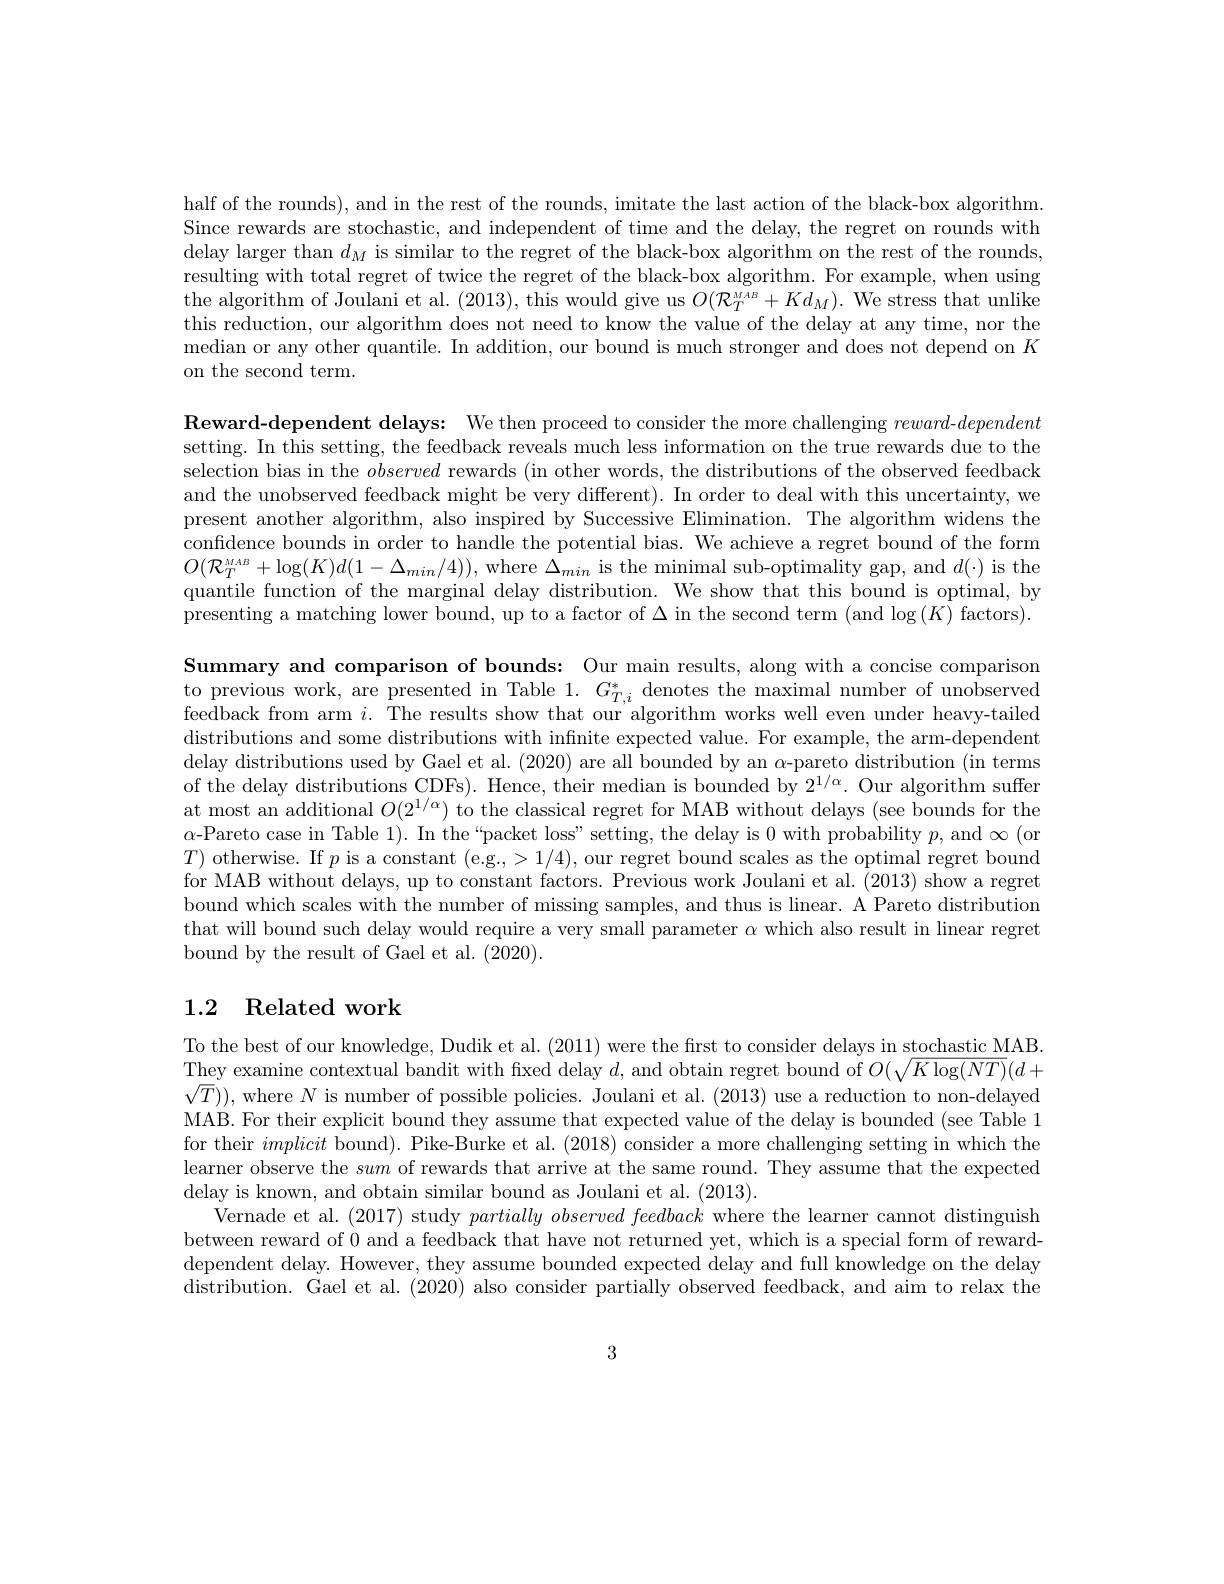
half of the rounds), and in the rest of the rounds, imitate the last action of the black-box algorithm. Since rewards are stochastic, and independent of time and the delay, the regret on rounds with delay larger than $d_M$ is similar to the regret of the black-box algorithm on the rest of the rounds, resulting with total regret of twice the regret of the black-box algorithm. For example, when using the algorithm of Joulani et al. (2013), this would give us $O(\mathcal{R}_T^{MAB}+Kd_M).$ We stress that unlike this reduction, our algorithm does not need to know the value of the delay at any time, nor the median or any other quantile. In addition, our bound is much stronger and does not depend on $K$ on the second term.

Reward- dependent delays: We then proceed to consider the more challenging $reward- dependent$ setting. In this setting, the feedback reveals much less information on the true rewards due to the selection bias in the observed rewards (in other words, the distributions of the observed feedback and the unobserved feedback might be very different). In order to deal with this uncertainty, we present another algorithm, also inspired by Successive Elimination. The algorithm widens the confidence bounds in order to handle the potential bias. We achieve a regret bound of the form $O(\mathcal{R}_T^{MAB}+\log(K)d(1-\Delta_{min}/4))$, where $\Delta_min$ is the minimal sub-optimality gap, and $d(\cdot)$ is the quantile function of the marginal delay distribution. We show that this bound is optimal, by presenting a matching lower bound, up to a factor of $\Delta$ in the second term (and $\log(K)$ factors).

Summary and comparison of bounds: Our main results, along with a concise comparison to previous work, are presented in Table $1.G_{T,i}^*$ denotes the maximal number of unobserved feedback from arm $i.$ The results show that our'algorithm works well even under heavy-tailed distributions and some distributions with infinite expected value. For example, the arm-dependentis d$istributions and some distributions with infinite expected value. For example, the arm- dependentis the arm tis tis tis tis tis tis tibutions with infin$ delay distributions used by Gael et al. (2020) are all bounded by an $\alpha$-pareto distribution (in terms of the delay distributions CDFs). Hence, their median is bounded by $2^{1/\alpha}.$ Our algorithm suffer at most an additional $O(2^{1/\alpha})$ to the classical regret for MAB without delays (see bounds for the $\alpha$-Pareto case in Table 1). In the“packet loss" setting, the delay is 0 with probability $p$, and $\infty$ (or $T)$ otherwise. If $p$ is a constant (e.g.,>1/4), our regret bound scales as the optimal regret bound for MAB without delays, up to constant factors. Previous work Joulani et al. $\bar{(2013)\text{ show a regret}}$ bound which scales with the number of missing samples, and thus is linear. A Pareto distribution that will bound such delay would require a very small parameter $\alpha$ which also result in linear regret bound by the result of Gael et al. (2020).

## 1.2 Related work

To the best of our knowledge, Dudik et al. (2011) were the first to consider delays in stochastic MAB. They examine contextual bandit with fixed delay $d$, and obtain regret bound of $O(\sqrt K\log(NT)(d+$ $\sqrt{T}))$, where $N$ is number of possible policies. Joulani et al. (2013) use a reduction to non-delayed MAB. For their explicit bound they assume that expected value of the delay is bounded (see Table 1 for their implicit bound). Pike-Burke et al. (2018) consider a more challenging setting in which the learner observe the sum of rewards that arrive at the same round. They assume that the expected delay is known, and obtain similar bound as Joulani et al. (2013).
Vernade et al. (2017) study $partially\textit{observed feedback where the learner cannot distinguish}$ between reward of 0 and a feedback that have not returned yet, which is a special form of rewarddependent delay. However, they assume bounded expected delay and full knowledge on the delay distribution. Gael et al. (2020) also consider partially observed feedback, and aim to relax the

3